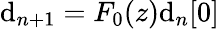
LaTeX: \mathrm{d}_{n+1}=F_{0}(z)\mathrm{d}_{n}[0]